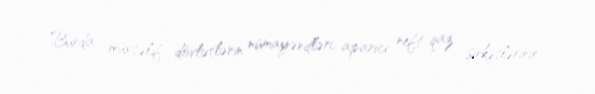
Burda müxtəlif dövlətlərin nümayəndləri, aparıcı neft-qaz şirkətlərinin